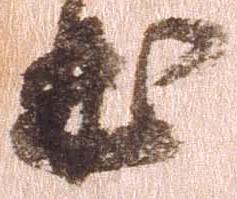
曲